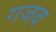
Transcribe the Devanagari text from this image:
गजव